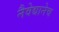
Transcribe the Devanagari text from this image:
नैवेद्यानेच